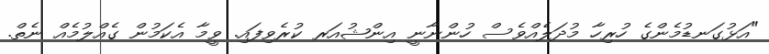
"އަޅުގަނޑުމެންގެ ހުރިހާ މުދަލެއްވެސް ހުންނާނީ އިންޝުއަރ ކުރެވިފައި. ވީމާ އެކަމުން ގެއްލުމެއް ނެތް.